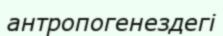
антропогенездегі